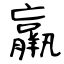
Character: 羸